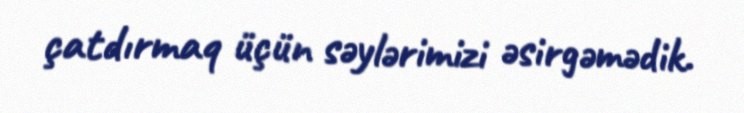
çatdırmaq üçün səylərimizi əsirgəmədik.